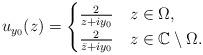
LaTeX: \begin{align*} u_{y_0}(z) = \begin{cases} \frac{2}{z+ i y_0} & z \in \Omega, \\ \frac{2}{\bar z+ i y_0} & z \in \mathbb C \setminus \Omega.\end{cases}\end{align*}